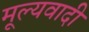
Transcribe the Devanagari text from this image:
मूल्यवादी